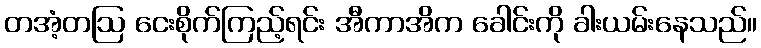
တအံ့တဩ ငေးစိုက်ကြည့်ရင်း အီကာအိက ခေါင်းကို ခါးယမ်းနေသည်။